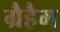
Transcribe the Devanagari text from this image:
ग्रैहैम